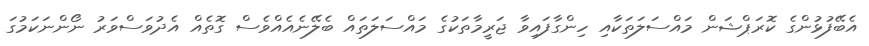
އެބޭފުޅުންގެ ކޮރަޕްޝަން މައްސަލަތަކާއި ހިންގާފައިވާ ޖަރީމާތަކުގެ މައްސަލަތައް ބެލޭނެއެއްވެސް ގޮތެއް އެދުވަސްވަރު ނޯންނަކަމުގަ